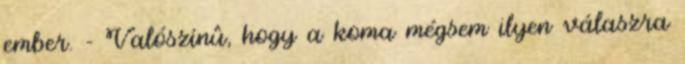
ember. - Valószínû, hogy a koma mégsem ilyen válaszra